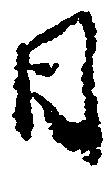
日